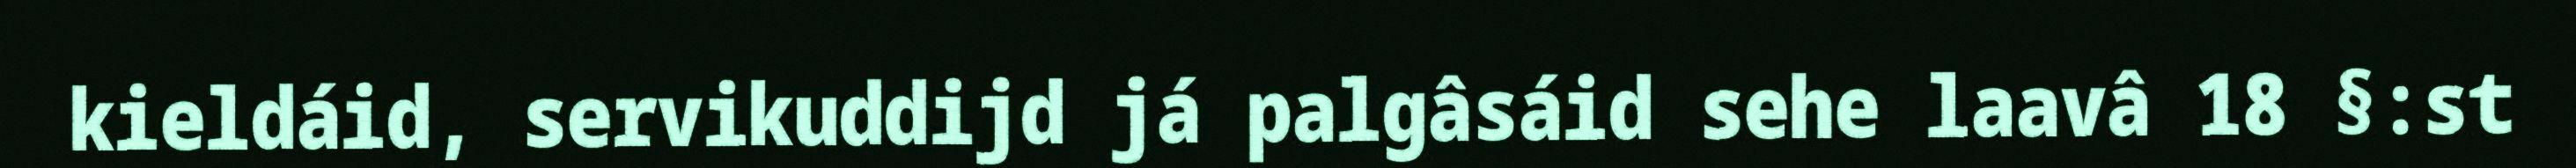
kieldáid, servikuddijd já palgâsáid sehe laavâ 18 §:st